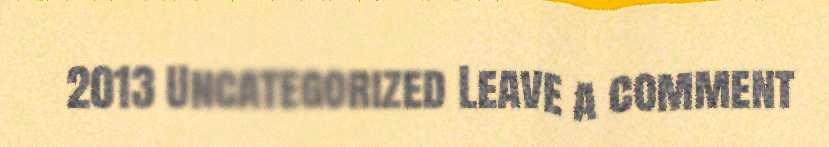
2013 Uncategorized Leave a comment